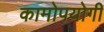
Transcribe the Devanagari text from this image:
कामोपयोगी